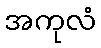
အကုလံ